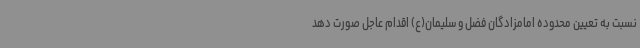
نسبت به تعیین محدوده امامزادگان فضل و سلیمان(ع) اقدام عاجل صورت دهد